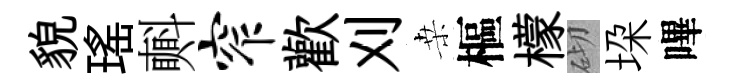
貌瑤㪺窄歡刈桒樞檬砌垜嗶